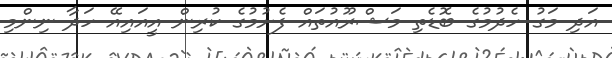
އަދި މަގު ހެދުމުގެ ބޮޑެތި މަޝްރޫއުތައް ފެށުމުގެ ކުރިން އީއައިއޭ ހަދާ ނިންމި